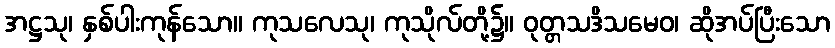
အဋ္ဌသု၊ နှစ်ပါးကုန်သော။ ကုသလေသု၊ ကုသိုလ်တို့၌။ ဝုတ္တသဒိသမေဝ၊ ဆိုအပ်ပြီးသော